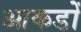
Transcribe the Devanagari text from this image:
आकडोँ